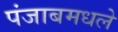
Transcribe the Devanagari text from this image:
पंजाबमधले